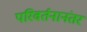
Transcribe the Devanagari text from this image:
परिवर्तनानंतर